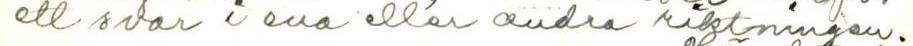
ett svar i ena eller andra riktningen.